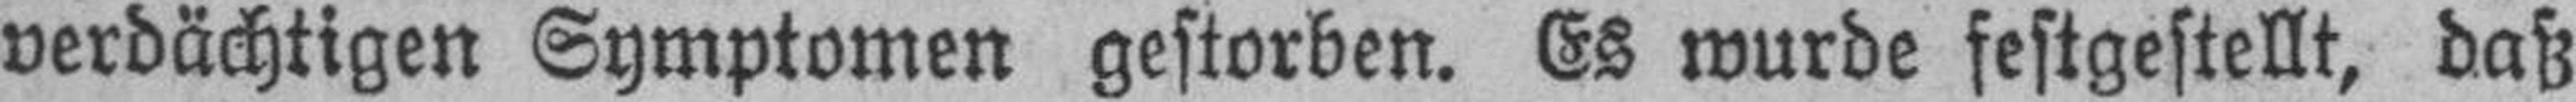
verdächtigen Symptomen gestorben. Es wurde festgestellt, daß